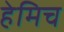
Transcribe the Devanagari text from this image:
हेमिच